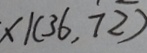
x \vert ( 3 6 , 7 2 )